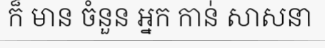
ក៏ មាន ចំនួន អ្នក កាន់ សាសនា